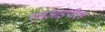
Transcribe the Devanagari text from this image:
एमआइपीएस